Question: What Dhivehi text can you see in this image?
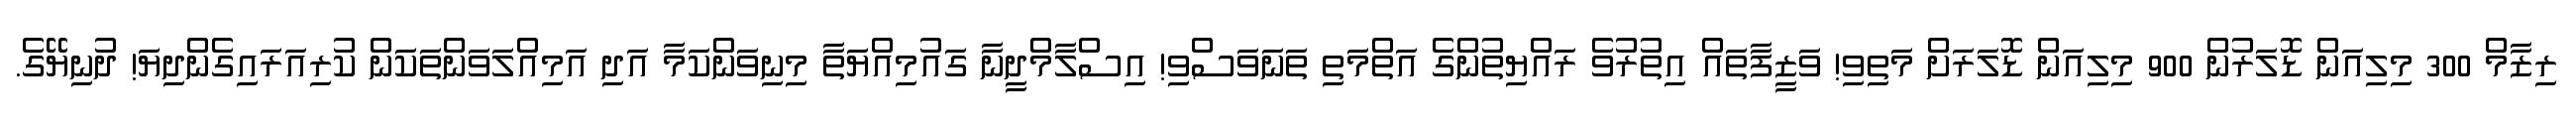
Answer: ރިޒާމް 300 މިލިއަން ޑޮލަރުން 900 މިލިއަން ޑޮލަރަށް މަތިވި! ވަޒީފާތައް އިތުރުވެ ރައްޔިތުންގެ އަތްމަތި ތަނަވަސްވި! އިސްލާމްދީނާ ގައުމިއްޔަތާ މިނިވަންކަމާ އަދި އަމިއްލަވަންތަކަން ކުރިއަރައިގެންދިޔަ! ދުނިޔޭގެ.